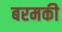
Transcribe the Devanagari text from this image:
बरमकी